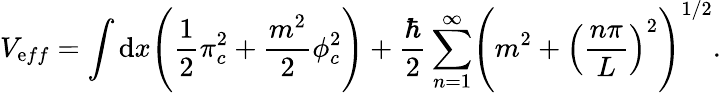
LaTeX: V_{\mathrm{e}ff}=\int\mathrm{d}x\Biggl(\frac{{1}}{{2}}\pi_{c}^{2}+\frac{{m^{2}}}{{2}}\phi_{c}^{2}\Biggr)+\frac{{\hbar}}{{2}}\sum_{n=1}^{\infty}\Biggl(m^{2}+\Bigl(\frac{{n\pi}}{{L}}\Bigr)^{2}\Biggr)^{1/2}.